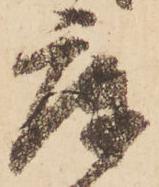
庫